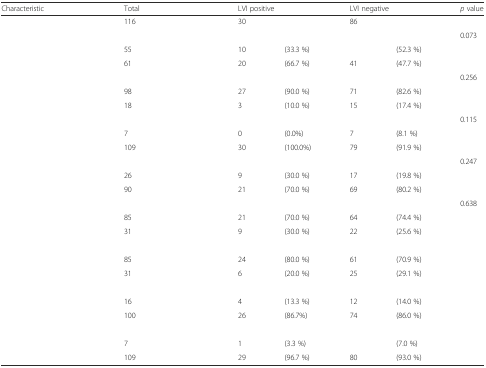
<table><thead><tr><td><b>Characteristic</b></td><td colspan="2"><b>Total</b></td><td colspan="2"><b>LVI positive</b></td><td colspan="2"><b>LVI negative</b></td><td><b><i>p</i> value</b></td></tr></thead><tbody><tr><td>[EMPTY_CELL]</td><td>116</td><td>[EMPTY_CELL]</td><td>30</td><td>[EMPTY_CELL]</td><td>86</td><td>[EMPTY_CELL]</td><td>[EMPTY_CELL]</td></tr><tr><td>[EMPTY_CELL]</td><td>[EMPTY_CELL]</td><td>[EMPTY_CELL]</td><td>[EMPTY_CELL]</td><td>[EMPTY_CELL]</td><td>[EMPTY_CELL]</td><td>[EMPTY_CELL]</td><td>0.073</td></tr><tr><td>[EMPTY_CELL]</td><td>55</td><td>[EMPTY_CELL]</td><td>10</td><td>(33.3 %)</td><td>[EMPTY_CELL]</td><td>(52.3 %)</td><td>[EMPTY_CELL]</td></tr><tr><td>[EMPTY_CELL]</td><td>61</td><td>[EMPTY_CELL]</td><td>20</td><td>(66.7 %)</td><td>41</td><td>(47.7 %)</td><td>[EMPTY_CELL]</td></tr><tr><td>[EMPTY_CELL]</td><td>[EMPTY_CELL]</td><td>[EMPTY_CELL]</td><td>[EMPTY_CELL]</td><td>[EMPTY_CELL]</td><td>[EMPTY_CELL]</td><td>[EMPTY_CELL]</td><td>0.256</td></tr><tr><td>[EMPTY_CELL]</td><td>98</td><td>[EMPTY_CELL]</td><td>27</td><td>(90.0 %)</td><td>71</td><td>(82.6 %)</td><td>[EMPTY_CELL]</td></tr><tr><td>[EMPTY_CELL]</td><td>18</td><td>[EMPTY_CELL]</td><td>3</td><td>(10.0 %)</td><td>15</td><td>(17.4 %)</td><td>[EMPTY_CELL]</td></tr><tr><td>[EMPTY_CELL]</td><td>[EMPTY_CELL]</td><td>[EMPTY_CELL]</td><td>[EMPTY_CELL]</td><td>[EMPTY_CELL]</td><td>[EMPTY_CELL]</td><td>[EMPTY_CELL]</td><td>0.115</td></tr><tr><td>[EMPTY_CELL]</td><td>7</td><td>[EMPTY_CELL]</td><td>0</td><td>(0.0%)</td><td>7</td><td>(8.1 %)</td><td>[EMPTY_CELL]</td></tr><tr><td>[EMPTY_CELL]</td><td>109</td><td>[EMPTY_CELL]</td><td>30</td><td>(100.0%)</td><td>79</td><td>(91.9 %)</td><td>[EMPTY_CELL]</td></tr><tr><td>[EMPTY_CELL]</td><td>[EMPTY_CELL]</td><td>[EMPTY_CELL]</td><td>[EMPTY_CELL]</td><td>[EMPTY_CELL]</td><td>[EMPTY_CELL]</td><td>[EMPTY_CELL]</td><td>0.247</td></tr><tr><td>[EMPTY_CELL]</td><td>26</td><td>[EMPTY_CELL]</td><td>9</td><td>(30.0 %)</td><td>17</td><td>(19.8 %)</td><td>[EMPTY_CELL]</td></tr><tr><td>[EMPTY_CELL]</td><td>90</td><td>[EMPTY_CELL]</td><td>21</td><td>(70.0 %)</td><td>69</td><td>(80.2 %)</td><td>[EMPTY_CELL]</td></tr><tr><td>[EMPTY_CELL]</td><td>[EMPTY_CELL]</td><td>[EMPTY_CELL]</td><td>[EMPTY_CELL]</td><td>[EMPTY_CELL]</td><td>[EMPTY_CELL]</td><td>[EMPTY_CELL]</td><td>0.638</td></tr><tr><td>[EMPTY_CELL]</td><td>85</td><td>[EMPTY_CELL]</td><td>21</td><td>(70.0 %)</td><td>64</td><td>(74.4 %)</td><td>[EMPTY_CELL]</td></tr><tr><td>[EMPTY_CELL]</td><td>31</td><td>[EMPTY_CELL]</td><td>9</td><td>(30.0 %)</td><td>22</td><td>(25.6 %)</td><td>[EMPTY_CELL]</td></tr><tr><td>[EMPTY_CELL]</td><td>[EMPTY_CELL]</td><td>[EMPTY_CELL]</td><td>[EMPTY_CELL]</td><td>[EMPTY_CELL]</td><td>[EMPTY_CELL]</td><td>[EMPTY_CELL]</td><td>[EMPTY_CELL]</td></tr><tr><td>[EMPTY_CELL]</td><td>85</td><td>[EMPTY_CELL]</td><td>24</td><td>(80.0 %)</td><td>61</td><td>(70.9 %)</td><td>[EMPTY_CELL]</td></tr><tr><td>[EMPTY_CELL]</td><td>31</td><td>[EMPTY_CELL]</td><td>6</td><td>(20.0 %)</td><td>25</td><td>(29.1 %)</td><td>[EMPTY_CELL]</td></tr><tr><td>[EMPTY_CELL]</td><td>[EMPTY_CELL]</td><td>[EMPTY_CELL]</td><td>[EMPTY_CELL]</td><td>[EMPTY_CELL]</td><td>[EMPTY_CELL]</td><td>[EMPTY_CELL]</td><td>[EMPTY_CELL]</td></tr><tr><td>[EMPTY_CELL]</td><td>16</td><td>[EMPTY_CELL]</td><td>4</td><td>(13.3 %)</td><td>12</td><td>(14.0 %)</td><td>[EMPTY_CELL]</td></tr><tr><td>[EMPTY_CELL]</td><td>100</td><td>[EMPTY_CELL]</td><td>26</td><td>(86.7%)</td><td>74</td><td>(86.0 %)</td><td>[EMPTY_CELL]</td></tr><tr><td>[EMPTY_CELL]</td><td>[EMPTY_CELL]</td><td>[EMPTY_CELL]</td><td>[EMPTY_CELL]</td><td>[EMPTY_CELL]</td><td>[EMPTY_CELL]</td><td>[EMPTY_CELL]</td><td>[EMPTY_CELL]</td></tr><tr><td>[EMPTY_CELL]</td><td>7</td><td>[EMPTY_CELL]</td><td>1</td><td>(3.3 %)</td><td>[EMPTY_CELL]</td><td>(7.0 %)</td><td>[EMPTY_CELL]</td></tr><tr><td>[EMPTY_CELL]</td><td>109</td><td>[EMPTY_CELL]</td><td>29</td><td>(96.7 %)</td><td>80</td><td>(93.0 %)</td><td>[EMPTY_CELL]</td></tr></tbody></table>